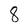
Character: 8